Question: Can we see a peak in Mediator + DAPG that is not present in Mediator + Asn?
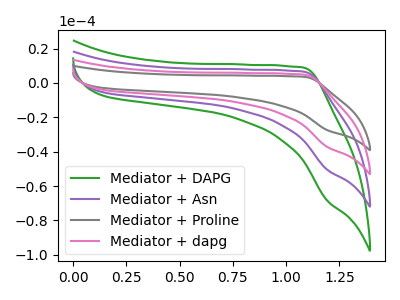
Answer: <think>The green curve "Mediator + DAPG" has no peaks. The purple curve "Mediator + Asn" has no peaks. The gray curve "Mediator + Proline" has no peaks. The pink curve "Mediator + dapg" has no peaks.
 Neither "Mediator + DAPG" or "Mediator + Asn" have any peaks.</think>
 <answer>No, "Mediator + DAPG" and "Mediator + Asn" don't appear to be significantly different in shape</answer>
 <eval>no_change</eval>